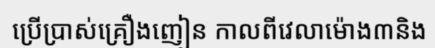
ប្រើប្រាស់គ្រឿងញៀន កាលពីវេលាម៉ោង៣និង